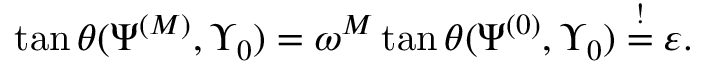
\tan \theta ( \Psi ^ { ( M ) } , \Upsilon _ { 0 } ) = \omega ^ { M } \tan \theta ( \Psi ^ { ( 0 ) } , \Upsilon _ { 0 } ) \overset { ! } { = } \varepsilon .